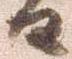
日